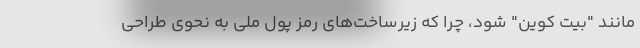
مانند "بیت کوین" شود، چرا که زیرساخت‌های رمز پول ملی به نحوی طراحی